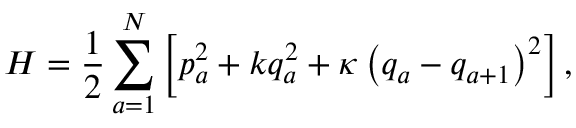
H = \frac { 1 } { 2 } \sum _ { a = 1 } ^ { N } \left[ p _ { a } ^ { 2 } + k q _ { a } ^ { 2 } + \kappa \left( q _ { a } - q _ { a + 1 } \right) ^ { 2 } \right] ,